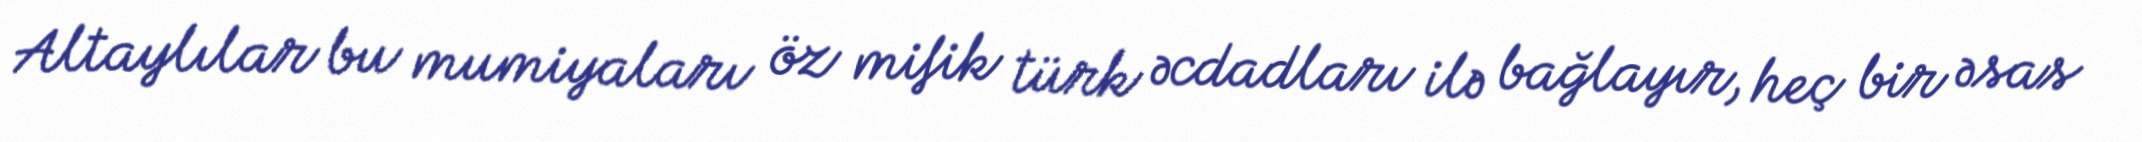
Altaylılar bu mumiyaları öz mifik türk əcdadları ilə bağlayır, heç bir əsas